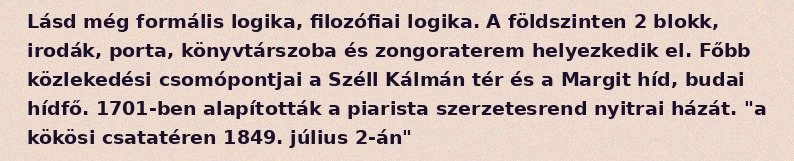
Lásd még formális logika, filozófiai logika. A földszinten 2 blokk, irodák, porta, könyvtárszoba és zongoraterem helyezkedik el. Főbb közlekedési csomópontjai a Széll Kálmán tér és a Margit híd, budai hídfő. 1701-ben alapították a piarista szerzetesrend nyitrai házát. "a kökösi csatatéren 1849. július 2-án"